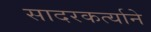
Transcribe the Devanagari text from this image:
सादरकर्त्याने